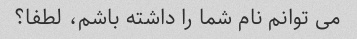
می توانم نام شما را داشته باشم، لطفا؟